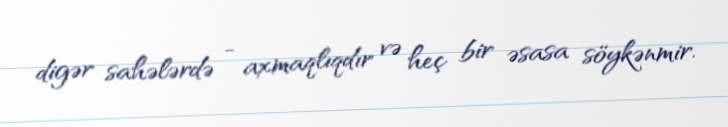
digər sahələrdə - axmaqlıqdır və heç bir əsasa söykənmir.